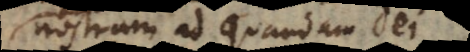
nostram ad quandam Dei